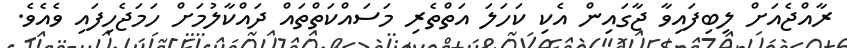
ރާއްޖެއަށް ލިބިފައިވާ ޖާގައިން އެކި ކަހަލަ އަތްތެރި މަސައްކަތްތައް ދައްކާލުމަށް ހަމަޖެހިފައި ވެއެވެ.